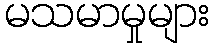
မသမာမှုများ